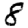
Digit: 8